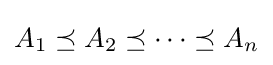
A_{1}\preceq A_{2}\preceq \cdots \preceq A_{n}